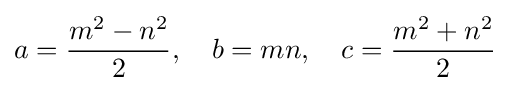
a={\frac {m^{2}-n^{2}}{2}},\quad b=mn,\quad c={\frac {m^{2}+n^{2}}{2}}